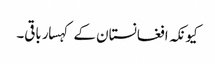
کیونکہ افغانستان کے کہسار باقی۔